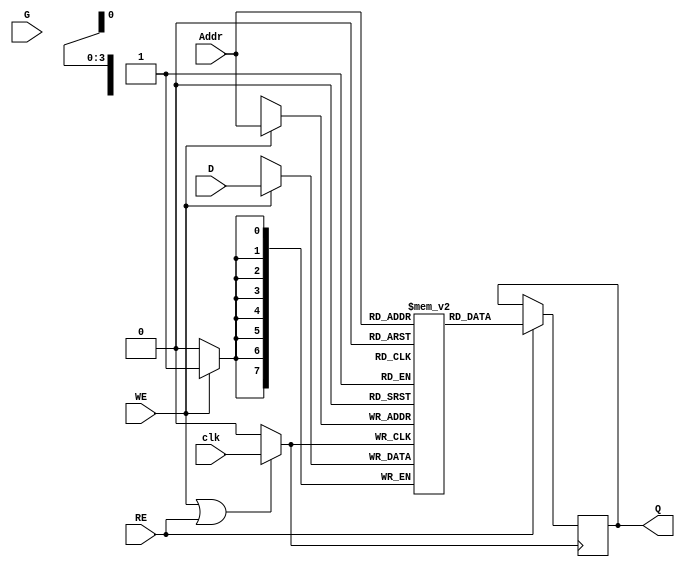
module MemoryBlockWithClockGating (
    input wire [7:0] D,          // Data Input
    input wire [3:0] Addr,       // Address Input
    input wire WE,               // Write Enable
    input wire RE,               // Read Enable
    input wire clk,              // Main Clock
    input wire G,                // Gating Signal
    output reg [7:0] Q           // Data Output
);

    // Memory array (16x8 bits)
    reg [7:0] memory [0:15];

    // Gated clock signal
    wire gated_clk;

    // Clock Gating Logic
    assign gated_clk = (WE || RE) ? clk : 1'b0;

    // Write Logic
    always @(posedge gated_clk) begin
        if (WE) begin
            memory[Addr] <= D; // Write data to memory
        end
    end

    // Read Logic
    always @(posedge gated_clk) begin
        if (RE) begin
            Q <= memory[Addr]; // Read data from memory
        end
    end

endmodule